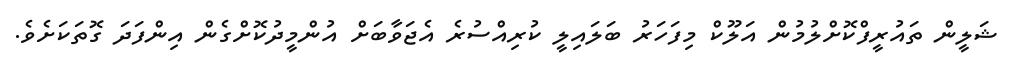
ޝަލީން ތައުރީފްކޮށްލުމުން އަލޫކް މިފަހަރު ބަލައިލީ ކުރިއްސުރެ އެޖަވާބަށް އުންމީދުކޮށްގެން އިންފަދަ ގޮތަކަށެވެ.